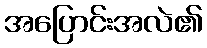
အပြောင်းအလဲ၏